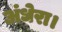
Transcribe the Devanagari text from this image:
अंधेरा।